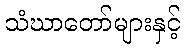
သံဃာတော်များနှင့်